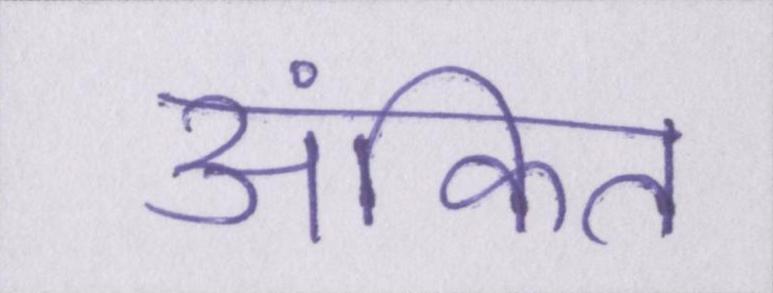
अंकित